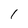
Character: 1